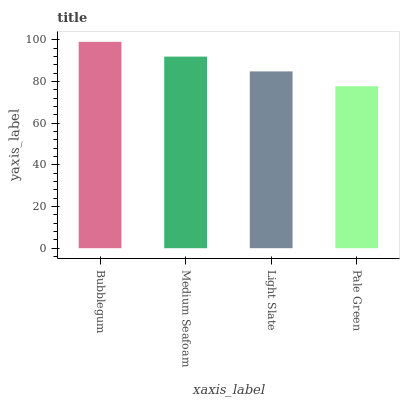
| xaxis_label | bars |
 | --- | --- |
 | Bubblegum | 99 |
 | Medium Seafoam | 91.9 |
 | Light Slate | 84.8 |
 | Pale Green | 77.7 |